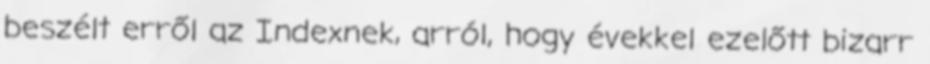
beszélt erről az Indexnek, arról, hogy évekkel ezelőtt bizarr